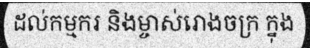
ដល់កម្មករ និងម្ចាស់រោងចក្រ ក្នុង